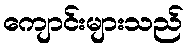
ကျောင်းများသည်